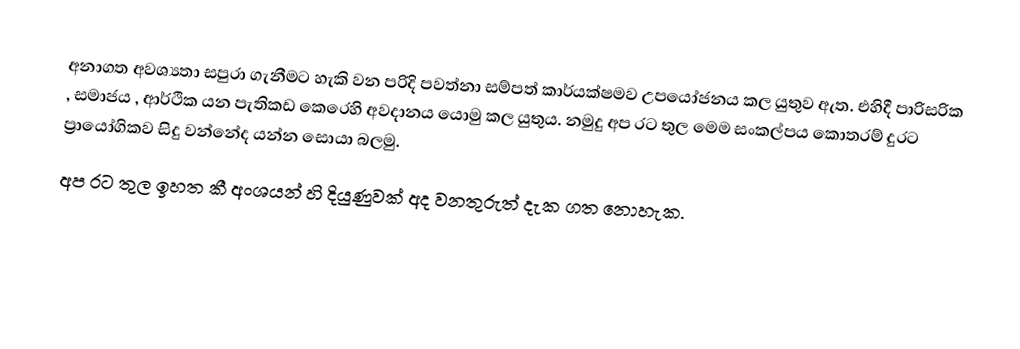
අනාගත අවශ්‍යතා සපුරා ගැනීමට හැකි වන පරිදි  පවත්නා සම්පත් කාර්යක්ෂමව උපයෝජනය කල යුතුව ඇත. එහිදී පාරිසරික , සමාජය , ආර්ථික යන පැතිකඩ කෙරෙහි අවදානය යොමු කල යුතුය. නමුදු අප රට තුල මෙම සංකල්පය කොතරම් දුරට ප්‍රායෝගිකව සිදු වන්නේද යන්න සොයා බලමු.
අප රට තුල ඉහත කී අංශයන් හි දියුණුවක් අද වනතුරුත් දැක ගත නොහැක.